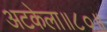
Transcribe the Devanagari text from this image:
अटकेला॥८०॥